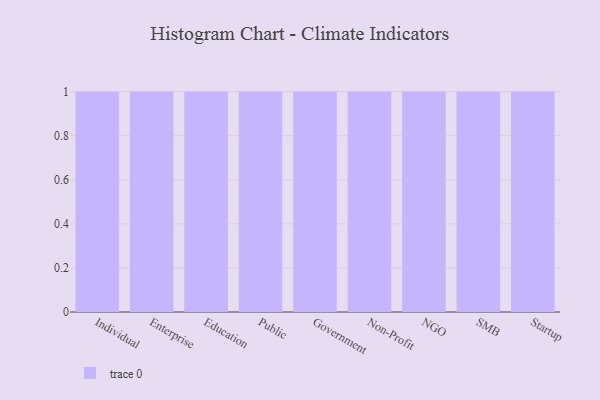
{"axis": {"x": "Segment", "y": "Conversion Rate (%)"}, "legend": [""], "data": [{"x": "Individual", "y": 42, "type": ""}, {"x": "Enterprise", "y": 31, "type": ""}, {"x": "Education", "y": 83, "type": ""}, {"x": "Public", "y": 36, "type": ""}, {"x": "Government", "y": 2, "type": ""}, {"x": "Non-Profit", "y": 96, "type": ""}, {"x": "NGO", "y": 16, "type": ""}, {"x": "SMB", "y": 74, "type": ""}, {"x": "Startup", "y": 99, "type": ""}]}